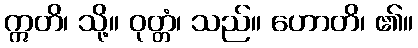
ဣတိ၊ သို့။ ဝုတ္တံ၊ သည်။ ဟောတိ၊ ၏။